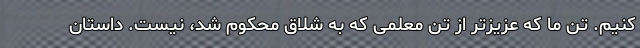
کنیم. تن ما که عزیزتر از تن معلمی که به شلاق محکوم شد، نیست. داستان